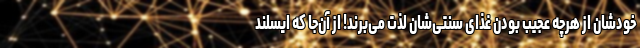
خودشان از هرچه عجیب بودن غذای سنتی‌شان لذت می‌برند! از آن‌جا که ایسلند